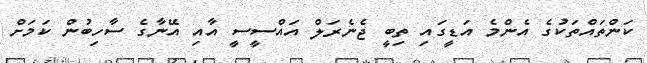
ކަންތައްތަކުގެ އެންމެ އަޑީގައި ތިބީ ޖެނެރަލް އައްސީސީ އާއި އޭނާގެ ސާހިބުން ކަމަށް